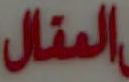
المقال